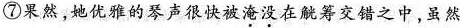
⑦果然，她优雅的琴声很快被淹没在觥筹交错之中，虽然